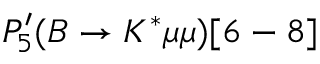
P _ { 5 } ^ { \prime } ( B \to K ^ { * } \mu \mu ) [ 6 - 8 ]